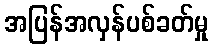
အပြန်အလှန်ပစ်ခတ်မှု